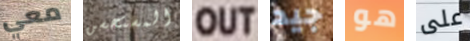
معي المستحسن OUT جيد هو على